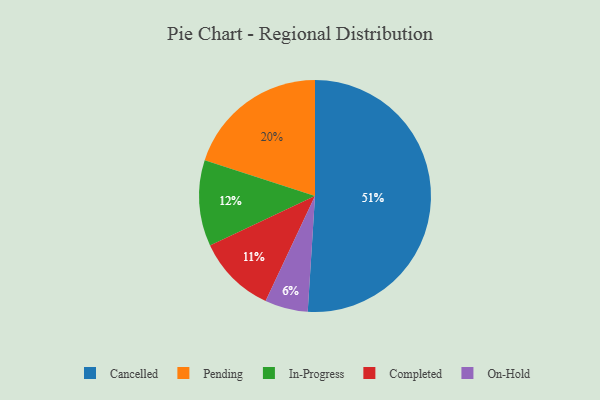
{"axis": {"x": "Category", "y": "Percentage"}, "legend": ["Cancelled", "Completed", "In-Progress", "On-Hold", "Pending"], "data": [{"x": "Pending", "y": 20, "type": "Pending"}, {"x": "In-Progress", "y": 12, "type": "In-Progress"}, {"x": "On-Hold", "y": 6, "type": "On-Hold"}, {"x": "Completed", "y": 11, "type": "Completed"}, {"x": "Cancelled", "y": 51, "type": "Cancelled"}]}